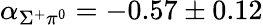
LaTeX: \alpha_{\Sigma^{+}\pi^{0}}=-0.57\pm 0.12